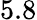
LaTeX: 5.8